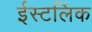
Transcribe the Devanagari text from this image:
ईस्टलिंक